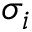
\sigma _ { i }